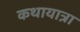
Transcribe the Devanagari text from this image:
कथायात्रा